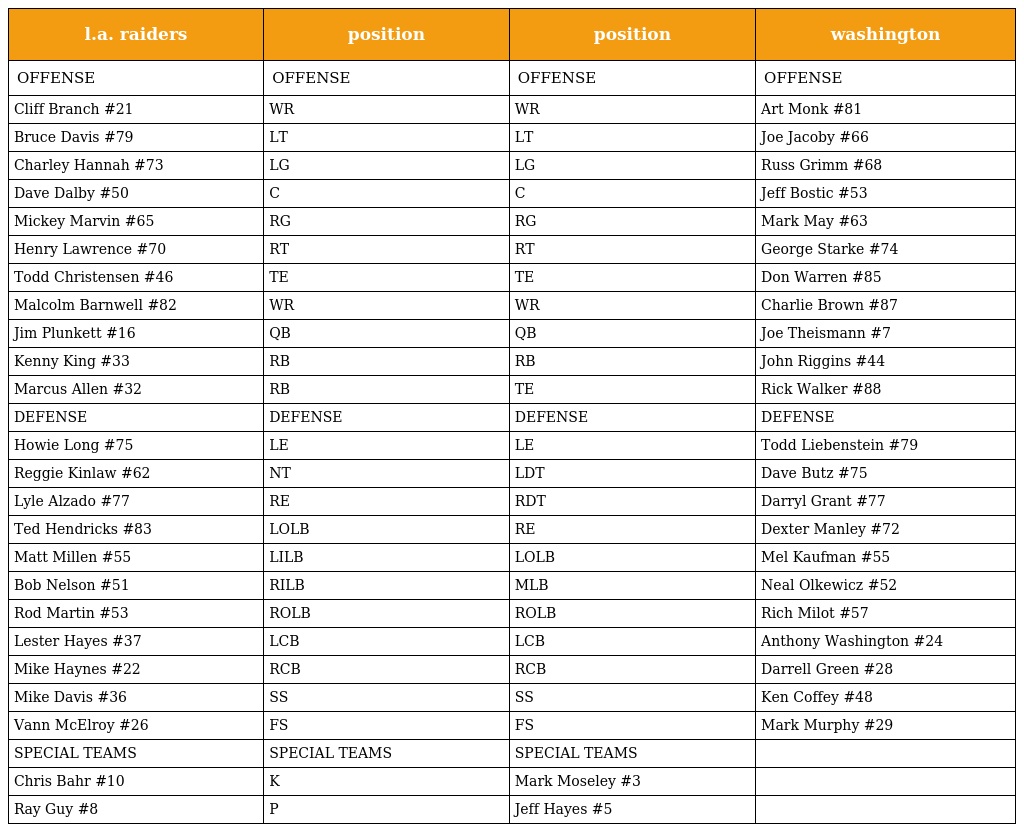
| l.a. raiders | position | position | washington |
 | --- | --- | --- | --- |
 | OFFENSE | OFFENSE | OFFENSE | OFFENSE |
 | Cliff Branch #21 | WR | WR | Art Monk #81 |
 | Bruce Davis #79 | LT | LT | Joe Jacoby #66 |
 | Charley Hannah #73 | LG | LG | Russ Grimm #68 |
 | Dave Dalby #50 | C | C | Jeff Bostic #53 |
 | Mickey Marvin #65 | RG | RG | Mark May #63 |
 | Henry Lawrence #70 | RT | RT | George Starke #74 |
 | Todd Christensen #46 | TE | TE | Don Warren #85 |
 | Malcolm Barnwell #82 | WR | WR | Charlie Brown #87 |
 | Jim Plunkett #16 | QB | QB | Joe Theismann #7 |
 | Kenny King #33 | RB | RB | John Riggins #44 |
 | Marcus Allen #32 | RB | TE | Rick Walker #88 |
 | DEFENSE | DEFENSE | DEFENSE | DEFENSE |
 | Howie Long #75 | LE | LE | Todd Liebenstein #79 |
 | Reggie Kinlaw #62 | NT | LDT | Dave Butz #75 |
 | Lyle Alzado #77 | RE | RDT | Darryl Grant #77 |
 | Ted Hendricks #83 | LOLB | RE | Dexter Manley #72 |
 | Matt Millen #55 | LILB | LOLB | Mel Kaufman #55 |
 | Bob Nelson #51 | RILB | MLB | Neal Olkewicz #52 |
 | Rod Martin #53 | ROLB | ROLB | Rich Milot #57 |
 | Lester Hayes #37 | LCB | LCB | Anthony Washington #24 |
 | Mike Haynes #22 | RCB | RCB | Darrell Green #28 |
 | Mike Davis #36 | SS | SS | Ken Coffey #48 |
 | Vann McElroy #26 | FS | FS | Mark Murphy #29 |
 | SPECIAL TEAMS | SPECIAL TEAMS | SPECIAL TEAMS |  |
 | Chris Bahr #10 | K | Mark Moseley #3 |  |
 | Ray Guy #8 | P | Jeff Hayes #5 |  |